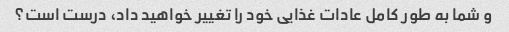
و شما به طور کامل عادات غذایی خود را تغییر خواهید داد، درست است؟